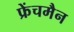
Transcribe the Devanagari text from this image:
फ्रेंचमैन